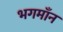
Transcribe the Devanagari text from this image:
भगमाँन